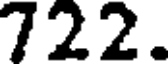
722.